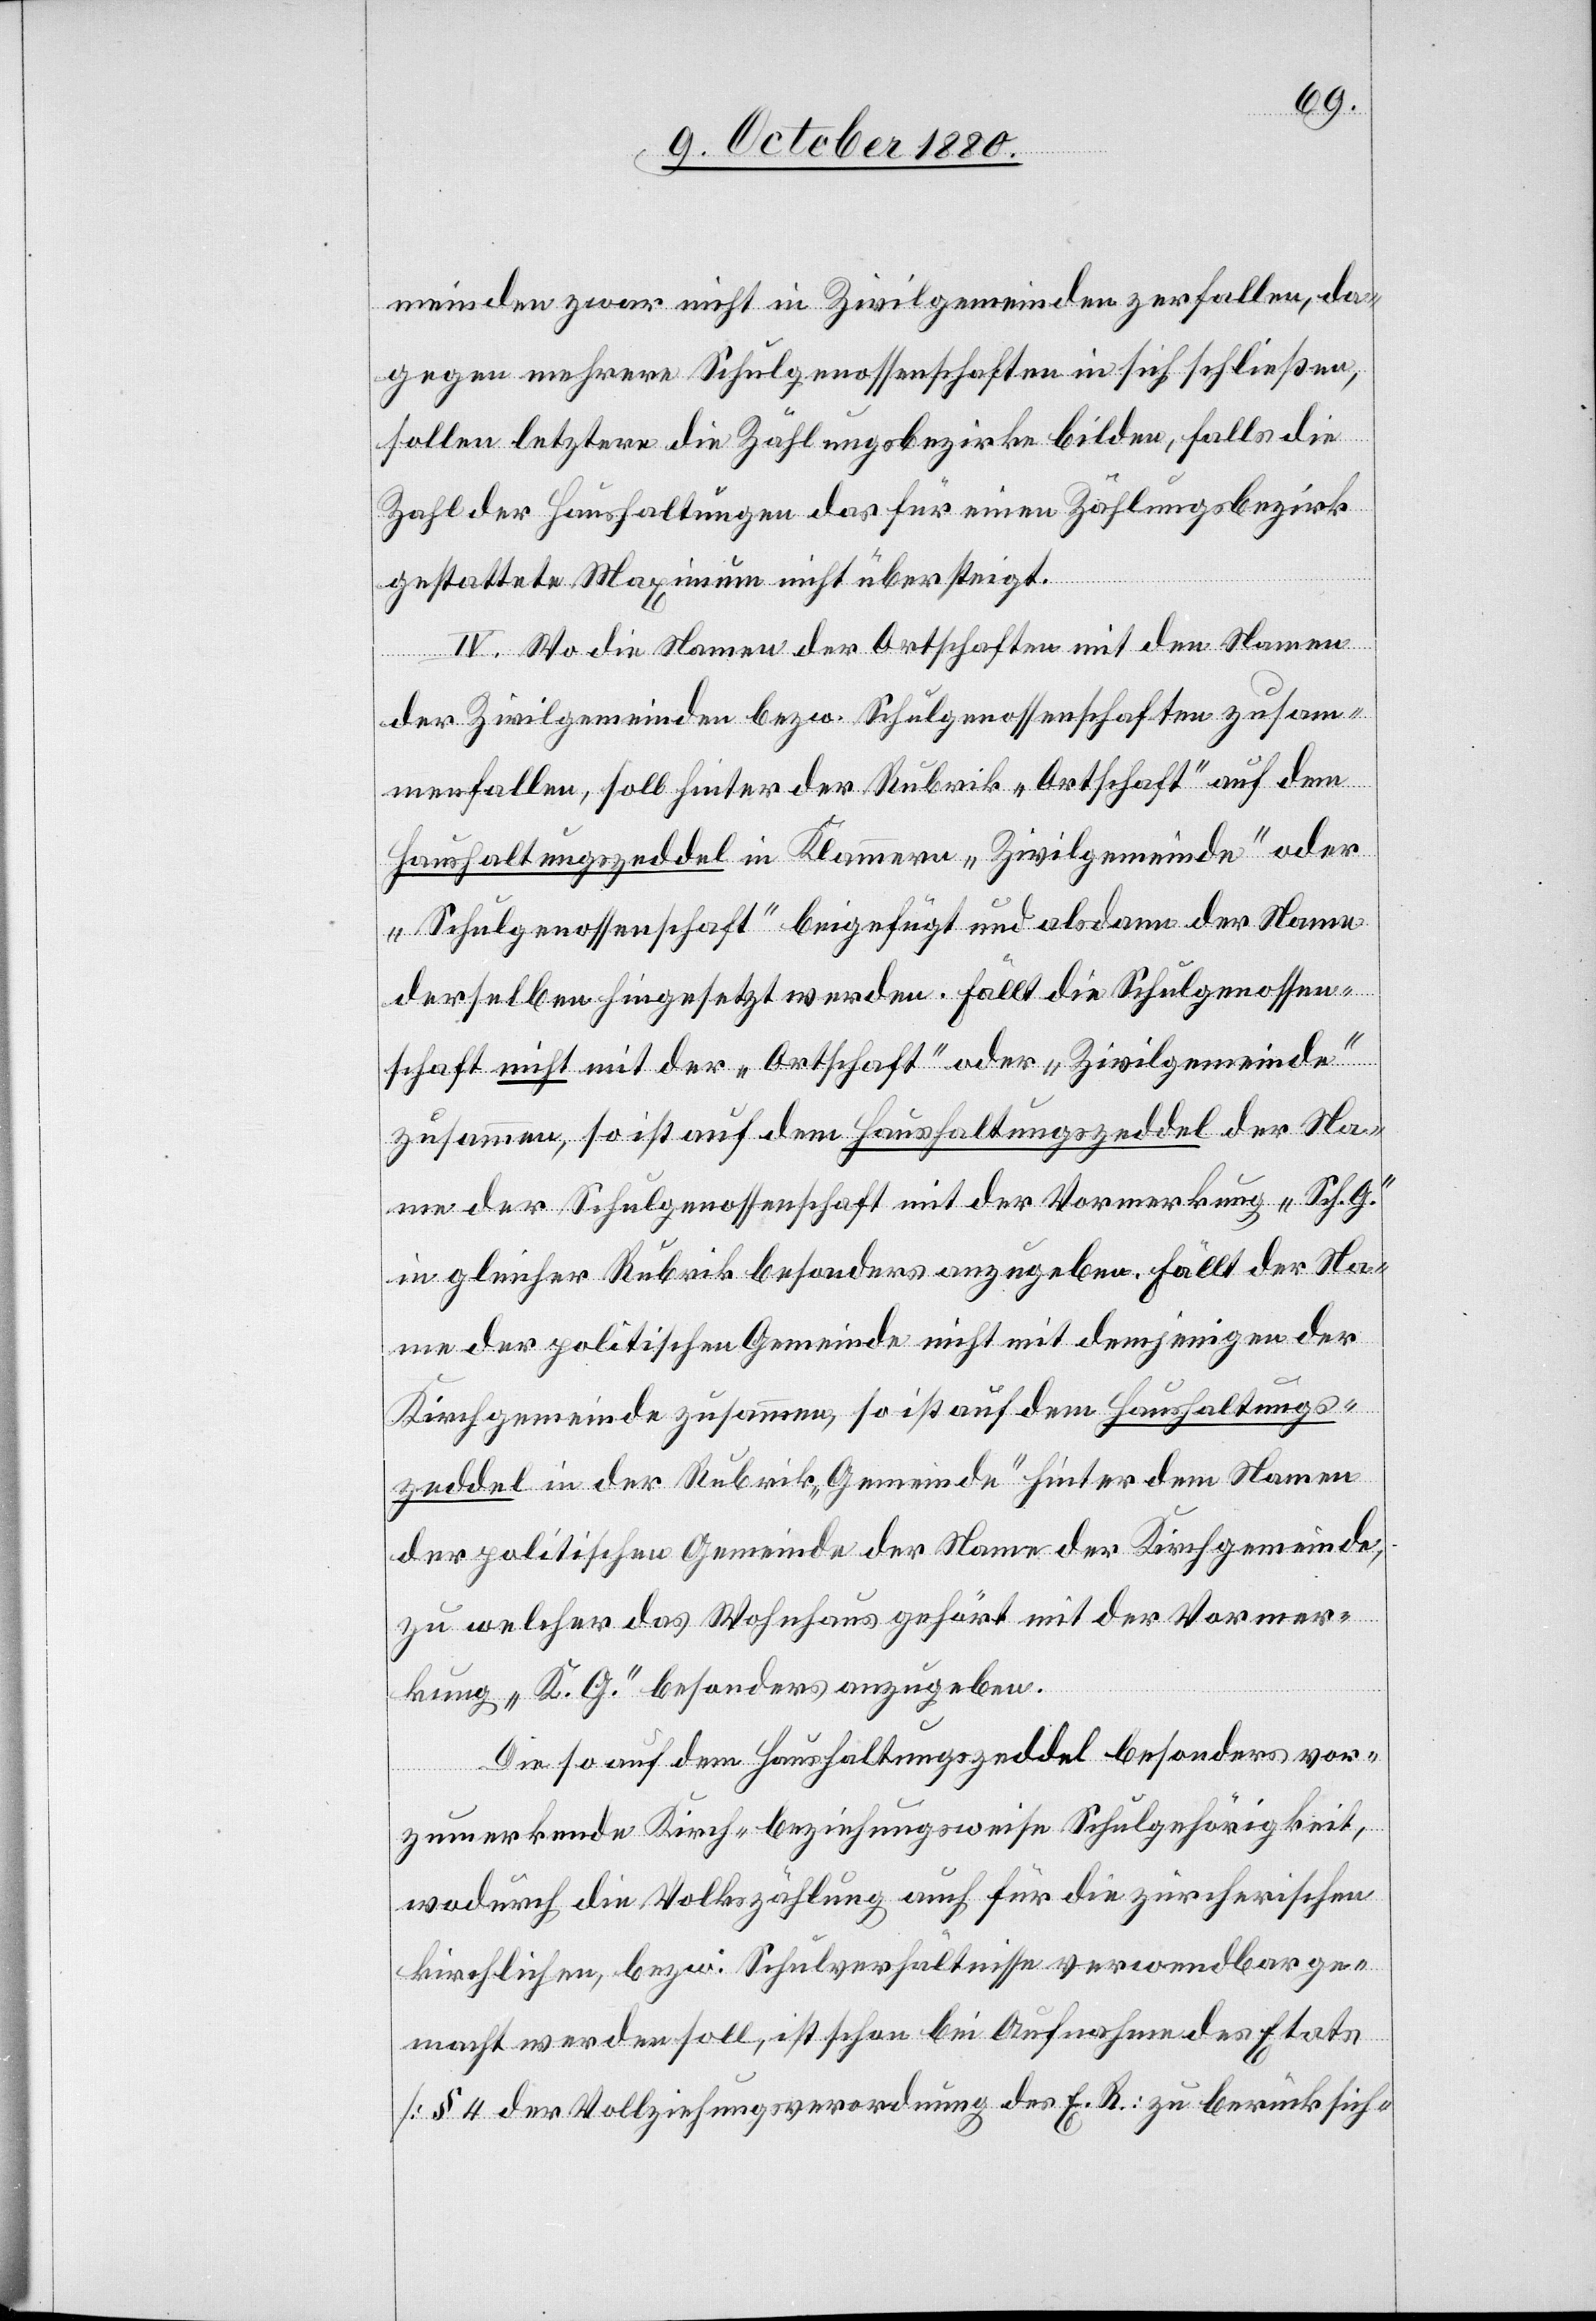
meinden zwar nicht in Zivilgemeinden zerfallen, da¬
gegen mehrere Schulgenossenschaften in sich schließen,
sollen letztere die Zählungsbezirke bilden, falls die
Zahl der Haushaltungen das für einen Zählungsbezirk
gestattete Maximum nicht übersteigt.
IV. Wo die Namen der Ortschaften mit den Namen
der Zivilgemeinde bezw. Schulgenossenschaften zusam¬
menfallen, soll hinter der Rubrik „Ortschaft“ auf den
Haushaltungszeddel in Klammern „Zivilgemeinde“ oder
„Schulgenossenschaft“ beigefügt und alsdann der Name
derselben hingesetzt werden. Fällt die Schulgenossen¬
schaft nicht mit der „Ortschaft“ oder Zivilgemeinde
zusammen so ist auf dem zusammen, so ist auf dem
Name der Schulgenossenschaft mit der Vormerkung „Sch. G.“
in gleicher Rubrik besonders anzugeben. Fällt der Na¬
me der politischen Gemeinde nicht mit demjenigen der
Kirchgemeinde zusammen, so ist auf dem Haushaltungs¬
zeddel in der Rubrik „Gemeinde“ hinter dem Namen
der politischen Gemeinde der Name der Kirchgemeinde,
zu welcher das Wohnhaus gehört mit der Vormer¬
kung „K. G.“ besonders anzugeben.
Die so auf dem Haushaltungszeddel besonders vor¬
zumerkende Kirch- beziehungsweise Schulgehörigkeit,
wodurch die Volkszählung auch für die zürcherischen
kirchlichen, bezw. Schulverhältnisse verwendbar ge¬
macht werden soll, ist schon bei Aufnahme des Etats
[§ 4 der Vollziehungsverordnung des E. R.] zu berücksich-